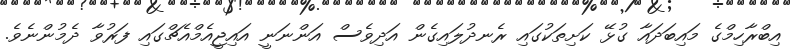
އިބްރާހިމްގެ މައިބަދައާ ގުޅޭ ކަށިތަކުގައި ރެނދުލައިގެން އަދިވެސް އަންނަނީ އައިޖީއެމްއެޗްގައި ފަރުވާ ދެމުންނެވެ.